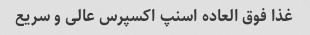
غذا فوق العاده اسنپ اکسپرس عالی و سریع